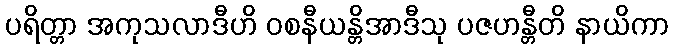
ပရိတ္တာ အကုသလာဒီဟိ ဝစနီယန္တိအာဒီသု ပဇဟန္တီတိ နာယိကာ